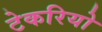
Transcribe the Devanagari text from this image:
टेकरियो